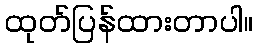
ထုတ်ပြန်ထားတာပါ။